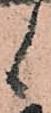
候